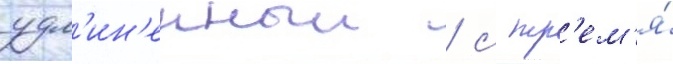
удл'ин'енныи / с тр'ем'я́